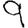
Digit: 9